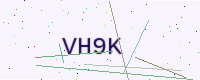
Text: VH9K